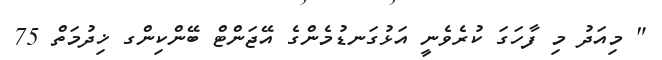
" މިއަދު މި ފާހަގަ ކުރެވެނީ އަޅުގަނޑުމެންގެ އޭޖަންޓް ބޭންކިންގ ޚިދުމަތް 75